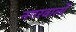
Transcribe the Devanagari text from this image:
नगरवालों